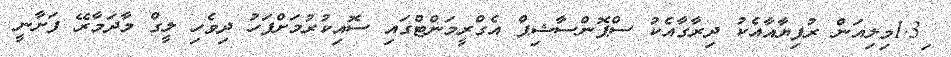
1.3ިމިލިއަން ރުފިޔާއާއެކު ދިރާގާއެކު ސްޕޮންސާޝިޕް އެގްރީމަންޓްގައި ސޮއިކުރުމަށްފަހު ދިވެހި ލީގް މާދަމާރޭ ފަށާނީ